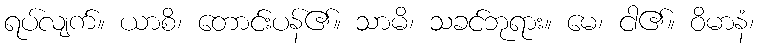
ရပ်လျက်။ ယာစိ၊ တောင်းပန်၏။ သာမိ၊ သခင်ဘုရား။ မေ၊ ငါ၏။ ဝိမာနံ၊